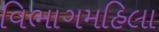
વિભાગમહિલા